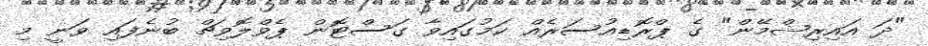
"ދަ އައިރިޝްމޭން" ގެ ޕްރޮޑިއުސަރެއް ކަމުގައިވާ ގަސްޓޮން ޕެވްލޮވިޗް ބުނެފައި ވަނީ މި